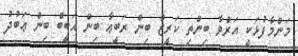
މަންމާފުޅަކީ އަރްވާ ބިންތި ކަރީޒް ބިން ރަބީޢާ ބިން ޙަބީބް ބިން ޢަބުދު